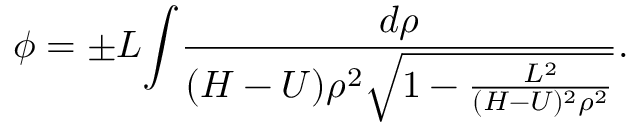
{ \phi } = { \pm } L { { \int } { \frac { d \rho } { ( H - U ) \rho ^ { 2 } { \sqrt { 1 - { \frac { L ^ { 2 } } { ( H - U ) ^ { 2 } \rho ^ { 2 } } } } } } } } .